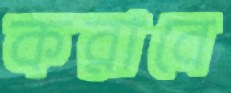
করাবে